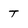
Character: T